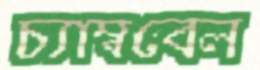
চ্যাম্ববেল